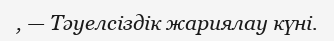
, — Тәуелсіздік жариялау күні.